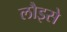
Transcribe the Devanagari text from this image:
लौइसे